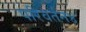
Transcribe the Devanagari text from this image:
परिवर्तन४